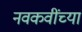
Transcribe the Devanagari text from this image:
नवकवींच्या